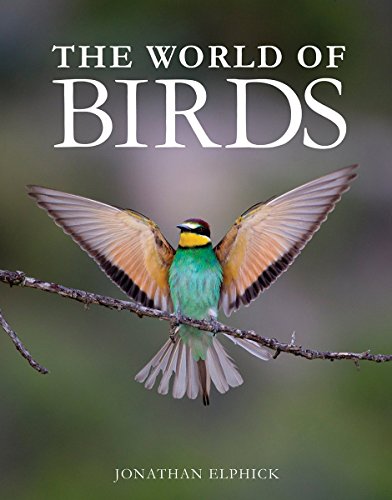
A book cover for The World of Birds; Jonathan Elphick; Science & Math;